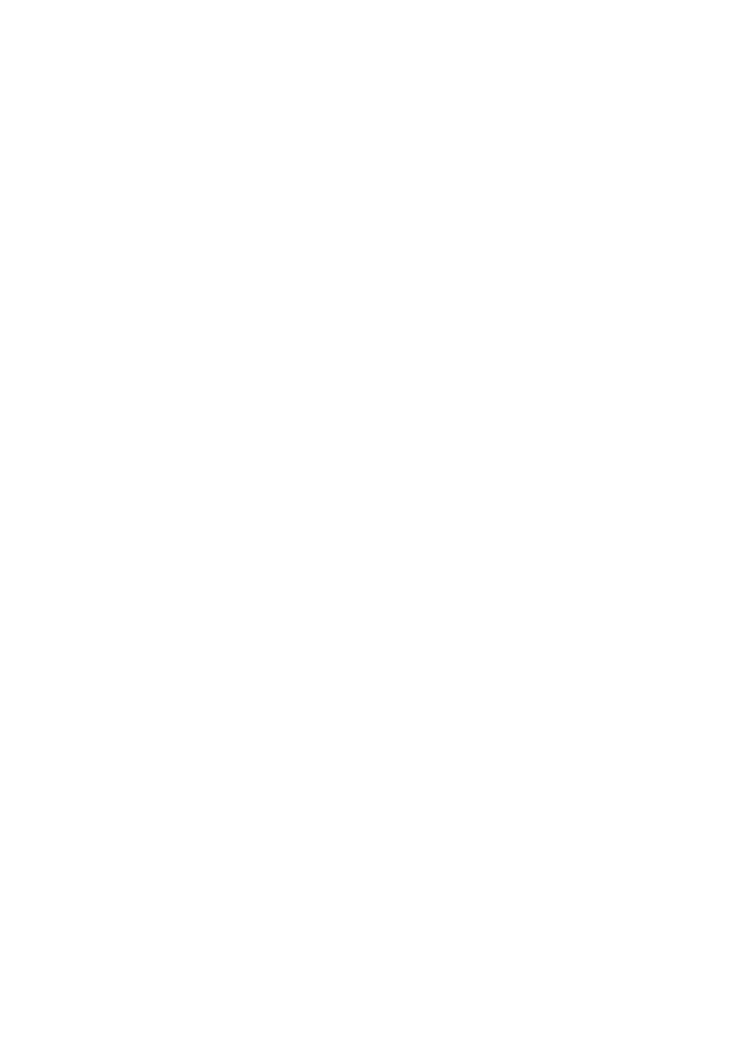
25320_Ch07.indd 120                     24/06/2021 9:26 AM